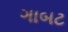
ગાબટ